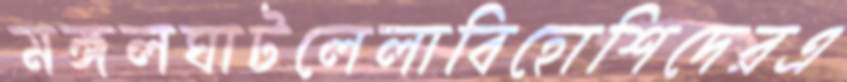
মঙ্গলঘাটলেলাবিহোশিদেরএ